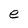
Character: e